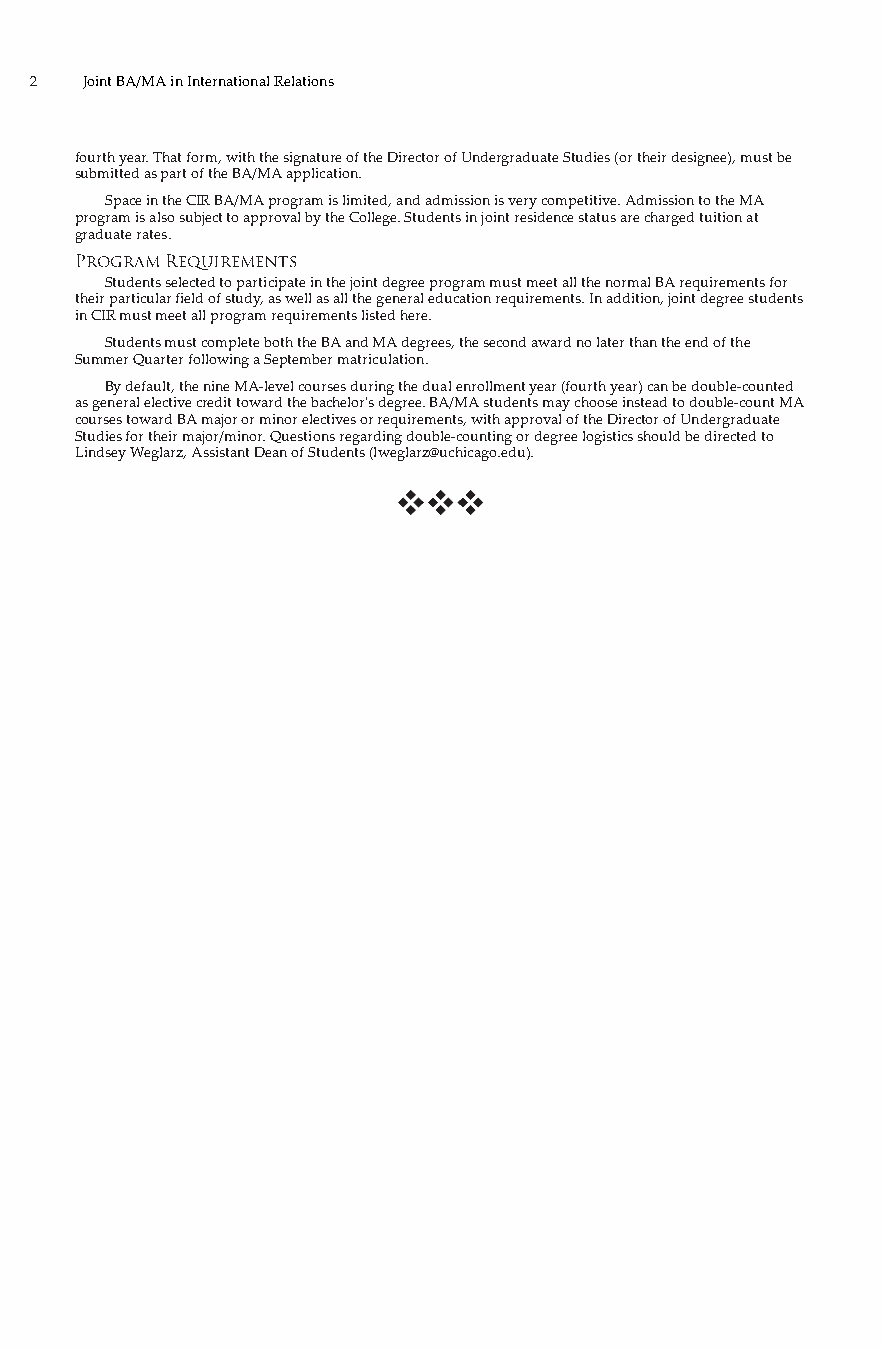
2  Joint BA/MA in International Relations
 fourth year. That form, with the signature of the Director of Undergraduate Studies (or their designee), must be
 submitted as part of the BA/MA application.
 Space in the CIR BA/MA program is limited, and admission is very competitive. Admission to the MA
 program is also subject to approval by the College. Students in joint residence status are charged tuition at
 graduate rates.
 Program Requirements
 Students selected to participate in the joint degree program must meet all the normal BA requirements for
 their particular field of study, as well as all the general education requirements. In addition, joint degree students
 in CIR must meet all program requirements listed here.
 Students must complete both the BA and MA degrees, the second award no later than the end of the
 Summer Quarter following a September matriculation.
 By default, the nine MA-level courses during the dual enrollment year (fourth year) can be double-counted
 as general elective credit toward the bachelor's degree. BA/MA students may choose instead to double-count MA
 courses toward BA major or minor electives or requirements, with approval of the Director of Undergraduate
 Studies for their major/minor. Questions regarding double-counting or degree logistics should be directed to
 Lindsey Weglarz, Assistant Dean of Students (lweglarz@uchicago.edu).